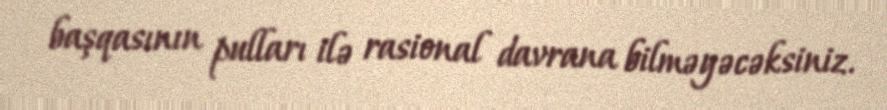
başqasının pulları ilə rasional davrana bilməyəcəksiniz.